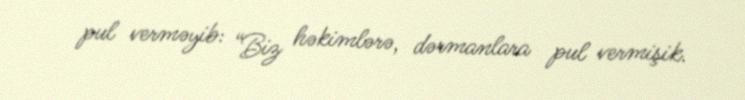
pul verməyib: “Biz həkimlərə, dərmanlara pul vermişik.